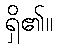
ရှိ၏။